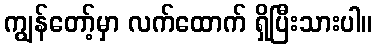
ကျွန်တော့်မှာ လက်ထောက် ရှိပြီးသားပါ။